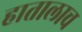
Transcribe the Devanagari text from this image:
हातालाच